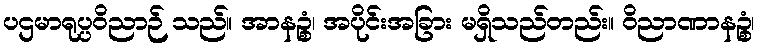
ပဌမာရုပ္ပဝိညာဉ် သည်။ အာနဉ္စံ၊ အပိုင်းအခြား မရှိသည်တည်း။ ဝိညာဏာနဉ္စံ၊